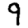
Digit: 9